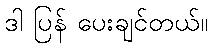
ဒါ ပြန် ပေးချင်တယ်။